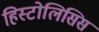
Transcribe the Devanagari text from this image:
हिस्टोलिसिस